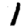
Digit: 1